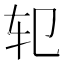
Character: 𰹱